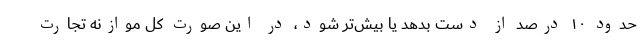
حدود ۱۰ درصد از دست بدهد یا بیش‌تر شود، در این صورت کل موازنه تجارت